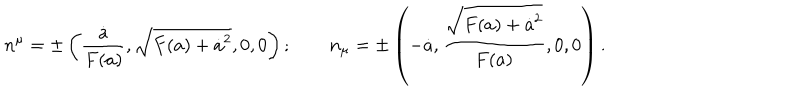
LaTeX: n ^ { \mu } = \pm \left( { \frac { \dot { a } } { F ( a ) } } , \sqrt { F ( a ) + \dot { a } ^ { 2 } } , 0 , 0 \right) ; \qquad n _ { \mu } = \pm \left( - \dot { a } , { \frac { \sqrt { F ( a ) + \dot { a } ^ { 2 } } } { F ( a ) } } , 0 , 0 \right) .